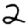
Digit: 2